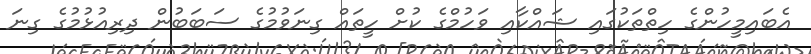
އެބައިމީހުންގެ ހިތްތަކުގައި ޝައްކާއި ވަހުމްގެ ކުށް ހީތައް ގިނަވުމުގެ ސަބަބުން ދިރިއުޅުމުގެ ގިނަ